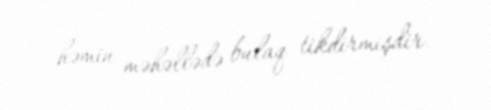
həmin məhəllədə bulaq tikdirmişdir.